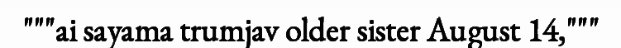
"""ai sayama trumjav older sister August 14,"""